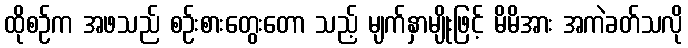
ထိုစဉ်က အဖသည် စဉ်းစားတွေးတော သည့် မျက်နှာမျိုးဖြင့် မိမိအား အကဲခတ်သလို